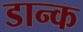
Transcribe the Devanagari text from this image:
डान्क